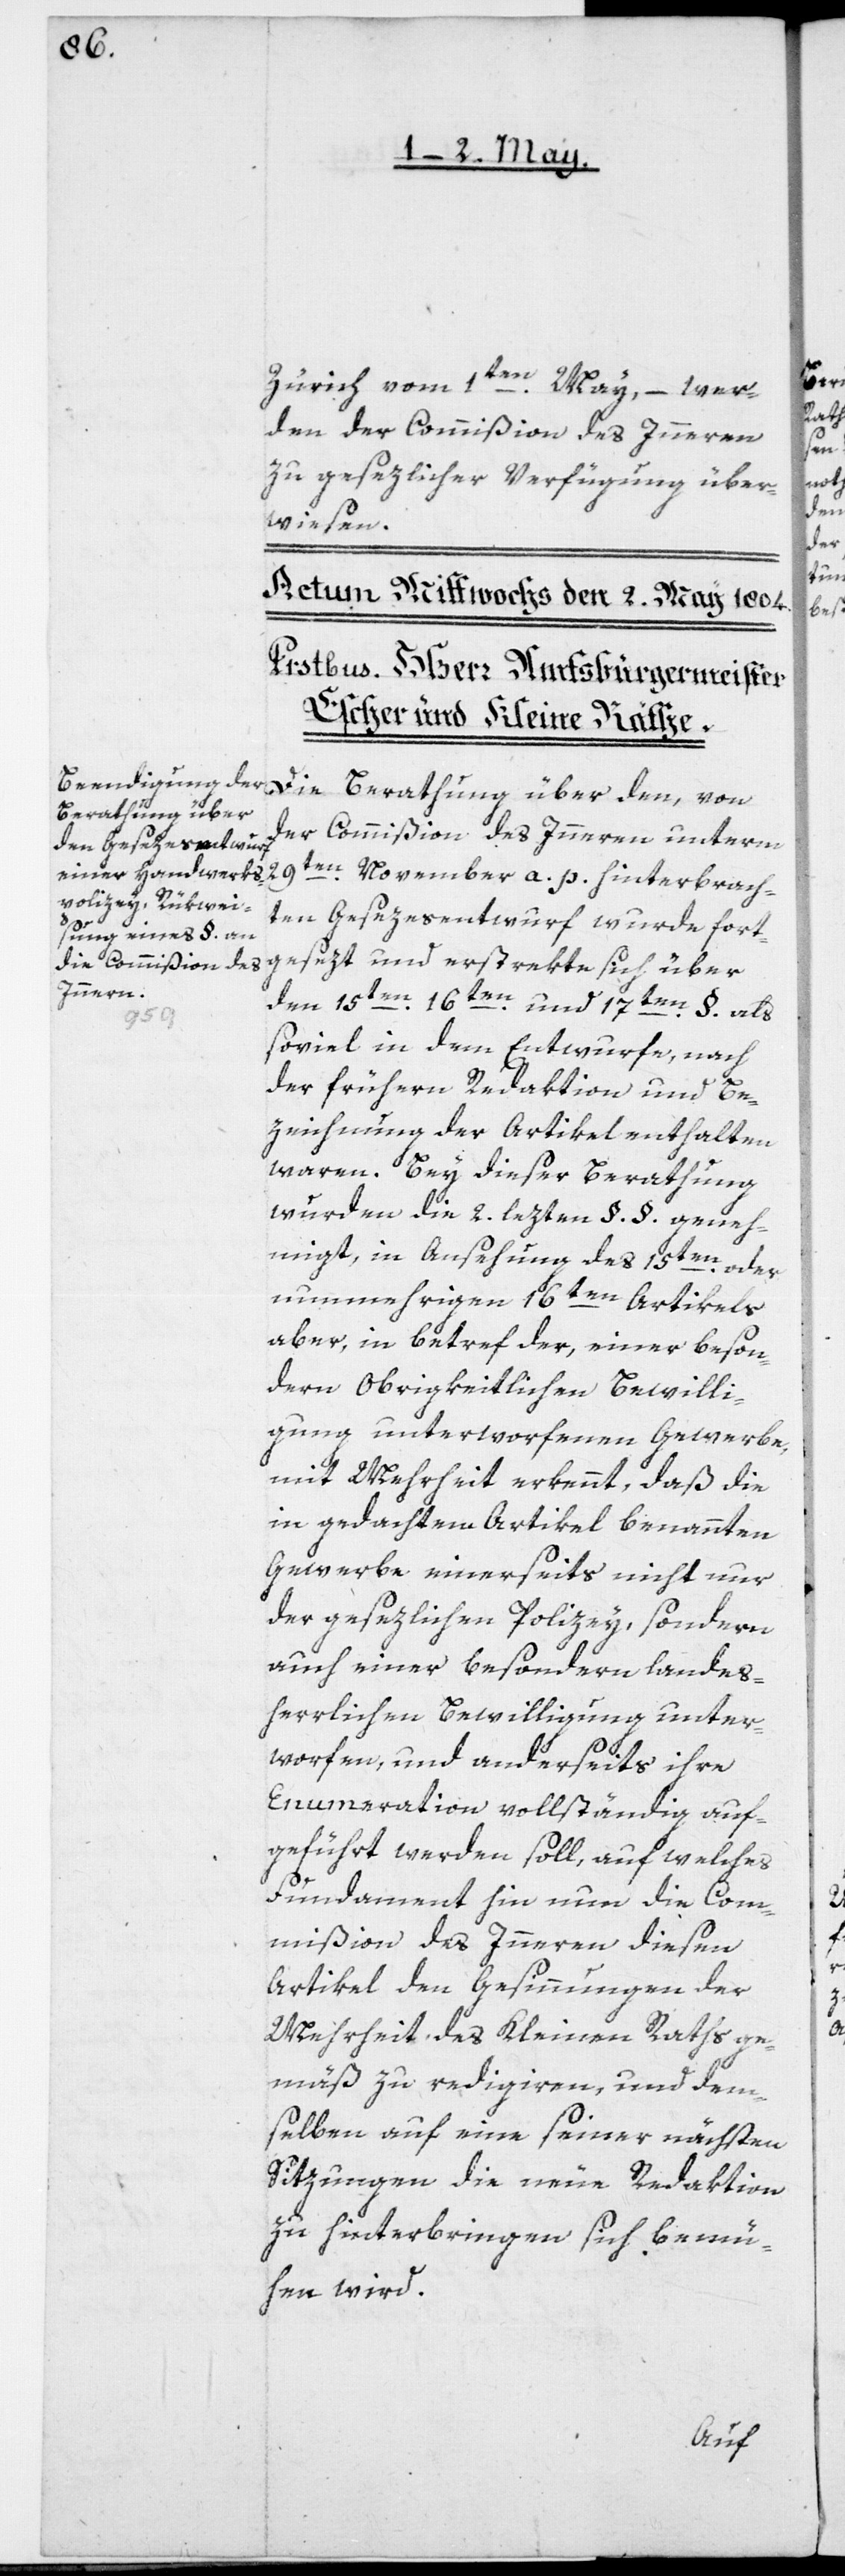
Zürich vom 1ten May, – wer¬
den der Commißion des Inneren
zu gesezlicher Verfügung über¬
wiesen.
Die Berathung über den, von
der Commißion des Innern unterm
ten Gesezesentwurf wurde fort¬
gesetzt und erstrekte sich über
den 15ten[,]16ten und 17ten §. als
terbrach¬
soviel in dem Entwurf, nach
der frühern Redaktion und Be¬
zeichnung der Artikel enthalten
waren. Bey dieser Berathung
wurden die 2. lezten §.§ geneh¬
migt, in Ansehung des 15ten oder
nunmehrigen 16ten Artikels
aber, in betref der, einer beson¬
dern Obrigkeitlichen Bewilli¬
gung unterworfenen Gewerbe,
mit Mehrheit erkennt, daß die
in gedachtem Artikel benannten
Gewerbe einerseits nicht nur
der gesezlichen Polizey, sondern
auch einer besondern landes¬
herrlichen Bewilligung unter¬
worfen, und anderseits ihre
Enumeration vollständig auf¬
geführt werden soll, auf welches
Fundament hin nun die Com¬
mißion des Innern diesen
Artikel der Gesinnungen der
Mehrheit des Kleinen Raths ge¬
mäß zu redigiren, und dem¬
selben auf eine seiner nächsten
Sitzungen die neue Redaktion
zu hinterbringen sich bemü¬
hen wird.

a.
p.
hin¬